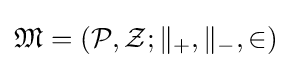
{\mathfrak {M}}=({\mathcal {P}},{\mathcal {Z}};\parallel _{+},\parallel _{-},\in )